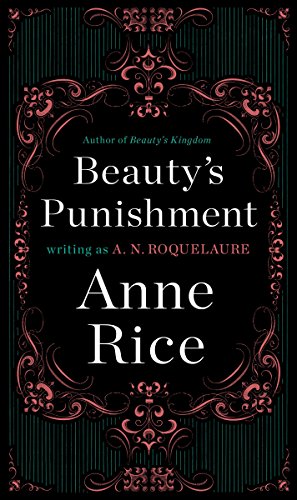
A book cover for Beauty's Punishment: A Novel (Sleeping Beauty Trilogy); A. N. Roquelaure; Romance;